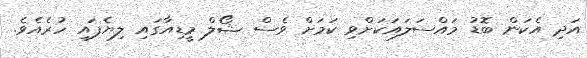
އަދި އެކަން ބޮޑު މައްސަލައަކަށްވި ކަމަށް ވެސް ޝޯލް މީޑިއާގައި ލިޔެފައި ހުރެއެވެ.